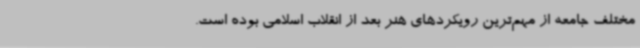
مختلف جامعه از مهم‌ترین رویکردهای هنر بعد از انقلاب اسلامی بوده است.